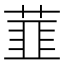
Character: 𬝛